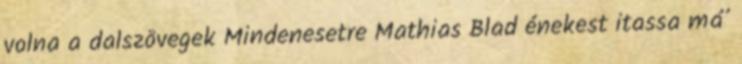
volna a dalszövegek Mindenesetre Mathias Blad énekest itassa má’